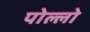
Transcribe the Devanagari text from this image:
पोल्लो